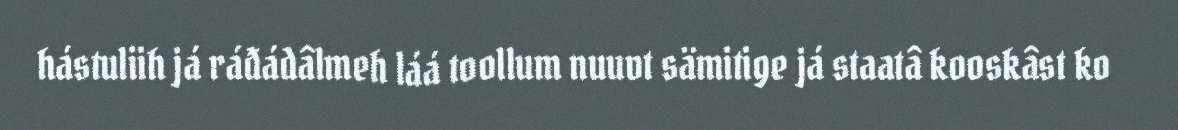
hástuliih já ráđádâlmeh láá toollum nuuvt sämitige já staatâ kooskâst ko